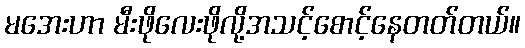
မအေးဟာ မီးဖိုလေးဖိုလို့အသင့်စောင့်နေတတ်တယ်။